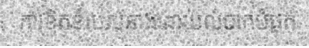
ការខិតខំរបស់នាងដោយលំបាកបំផុត